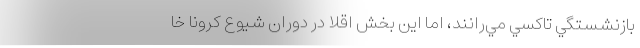
بازنشستگي تاكسي مي‌رانند، اما اين بخش اقلا در دوران شيوع كرونا خا